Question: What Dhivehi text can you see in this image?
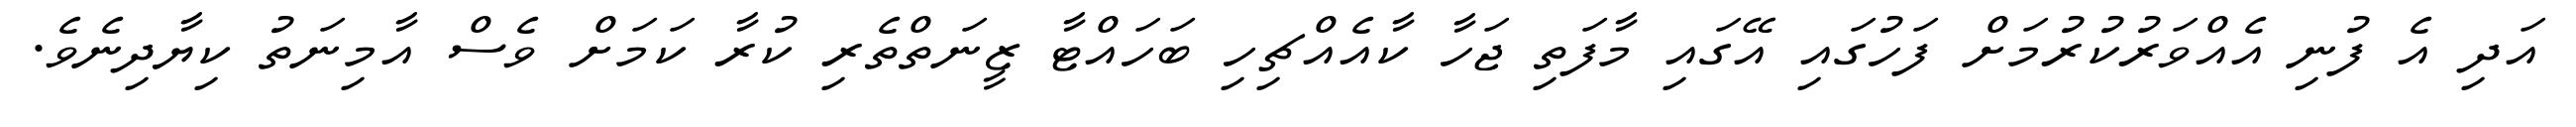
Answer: އަދި އެ ފުނި އެއްވަރުކުރުމަށް ފަހުގައި އޭގައި މާފަތި ޖަހާ ކާއެއްޗިހި ބަހައްޓާ ޒީނަތްތެރި ކުރާ ކަމަށް ވެސް އާމިނަތު ކިޔާދިނެވެ.